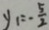
y _ { 1 } = - \frac { 5 } { 2 }